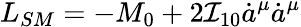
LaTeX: L_{SM}=-M_{0}+2{\cal I}_{10}\dot{a}^{\mu}\dot{a}^{\mu}